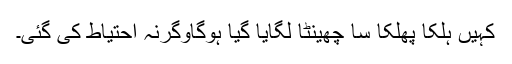
کہیں ہلکا پھلکا سا چھینٹا لگایا گیا ہوگاوگرنہ احتیاط کی گئی۔